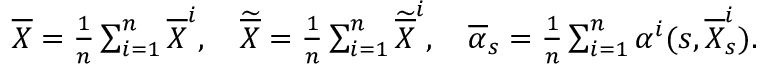
\begin{array} { r } { \overline { { X } } = \frac { 1 } { n } \sum _ { i = 1 } ^ { n } \overline { { X } } ^ { i } , \quad \widetilde { \overline { { X } } } = \frac { 1 } { n } \sum _ { i = 1 } ^ { n } \widetilde { \overline { { X } } } ^ { i } , \quad \overline { { \alpha } } _ { s } = \frac { 1 } { n } \sum _ { i = 1 } ^ { n } \alpha ^ { i } ( s , \overline { { X } } _ { s } ^ { i } ) . } \end{array}